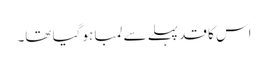
اس کا قد پہلے سے لمبا ہو گیا تھا۔